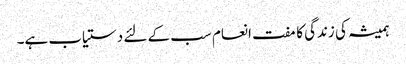
ہمیشہ کی زندگی کا مفت انعام سب کے لئے دستیاب ہے۔